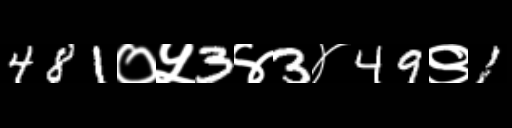
Text: 481०५3४3४49९1